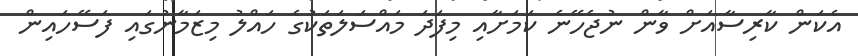
އެކަން ކާރިސާއަށް ވާން ނުޖެހޭނެ ކަަމަށާއި މިފަދަ މައްސަަލަތަކުގެ ހައްލު މިޒަމާނުގައި ފަސޭހައިން